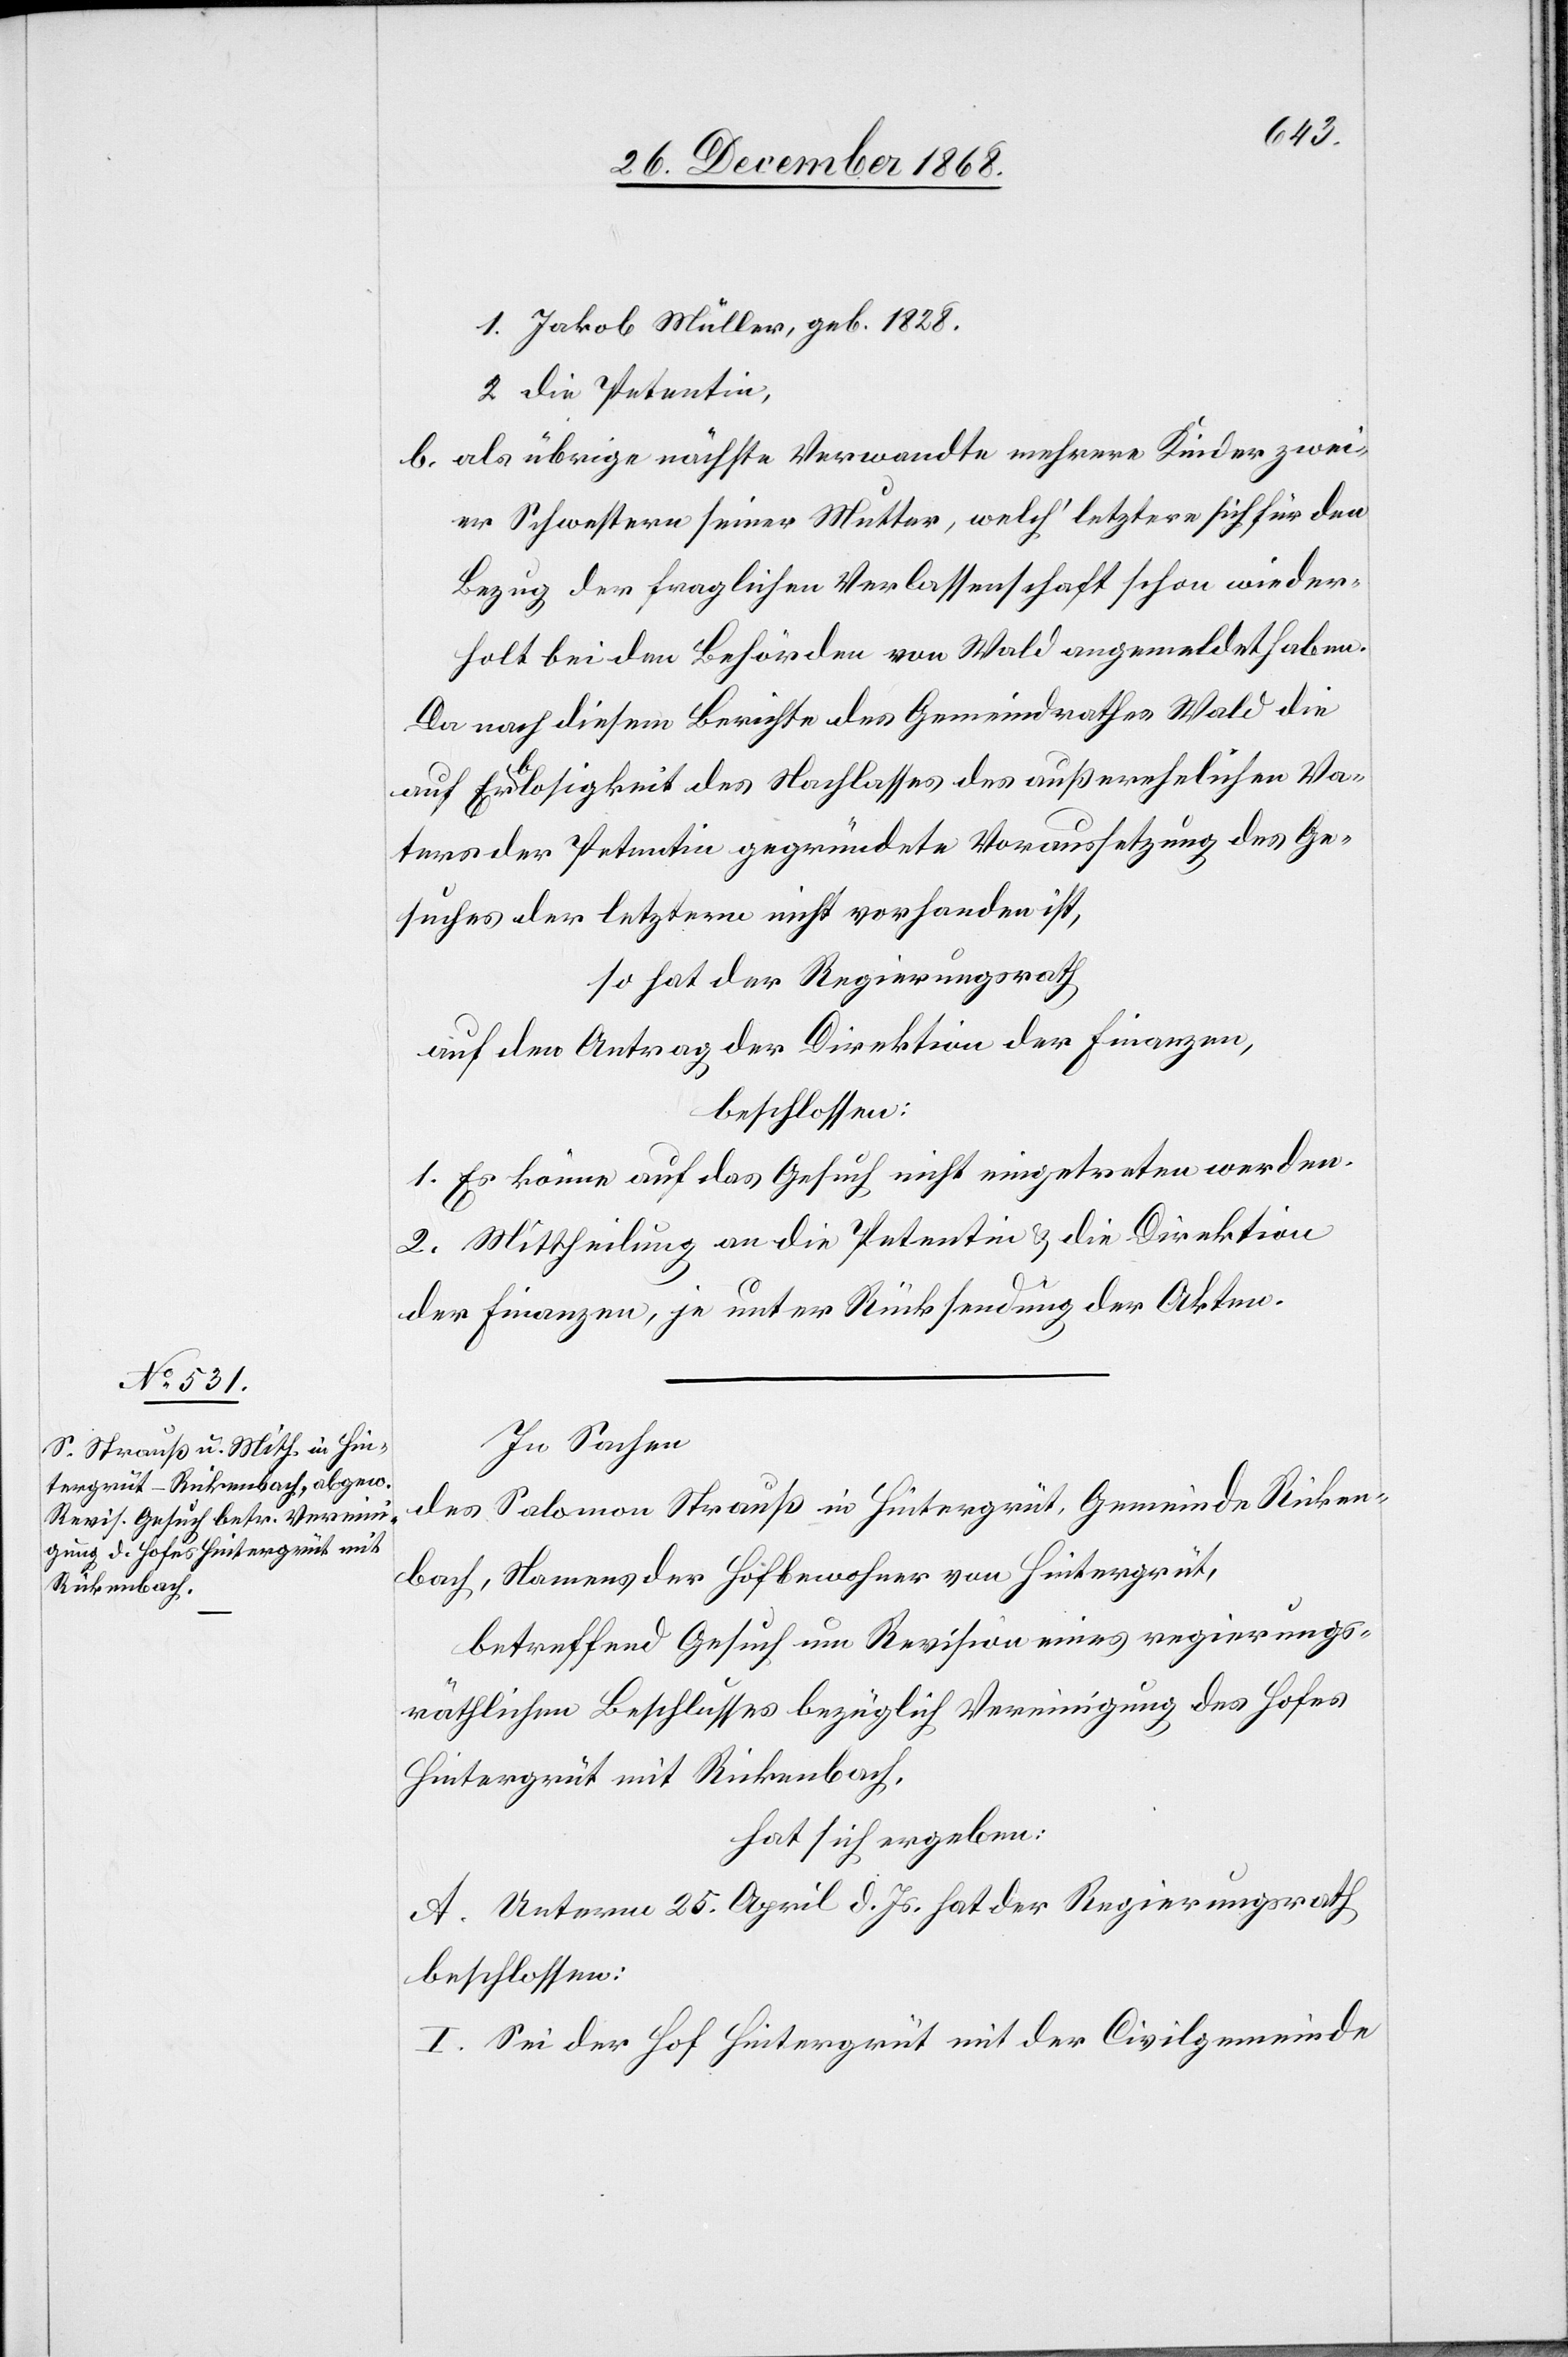
1. Jakob Müller, geb. 1828.
2. die Petentin,
als übrige nächste Verwandte mehrere Kinder zwei¬
er Schwestern seiner Mutter, welch‘ letztere sich für den
Bezug der fraglichen Verlassenschaft schon wieder¬
holt bei den Behörden von Wald angemeldet haben.
Da nach diesem Berichte des Gemeindrathes Wald die
auf Erblosigkeit des Nachlasses des außerehelichen Va¬
ters der Petentin gegründete Voraussetzung des Ge¬
suches der letztern nicht vorhanden ist,
so hat der Regierungsrath
auf den Antrag der Direktion der Finanzen,
beschlossen:
1. Es könne auf das Gesuch nicht eingetreten werden.
2. Mittheilung an die Petentin & die Direktion
der Finanzen, je unter Rücksendung der Akten.
In Sachen
des Salomon Strauß in Hintergrüt, Gemeinde Ricken¬
bach, Namens der Hofbewohner von Hintergrüt,
betreffend Gesuch um Revision eines regierungs¬
räthlichen Beschlusses bezüglich Vereinigung des Hofes
Hintergrüt mit Rickenbach,
hat sich ergeben:
A. Unterm 25. April d. Js. hat der Regierungsrath
beschlossen:
I. Sei der Hof Hintergrüt mit der Civilgemeinde